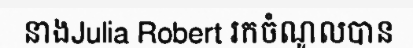
នាងJulia Robert រកចំណូលបាន